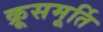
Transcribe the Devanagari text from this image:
क्रूसमूर्ति